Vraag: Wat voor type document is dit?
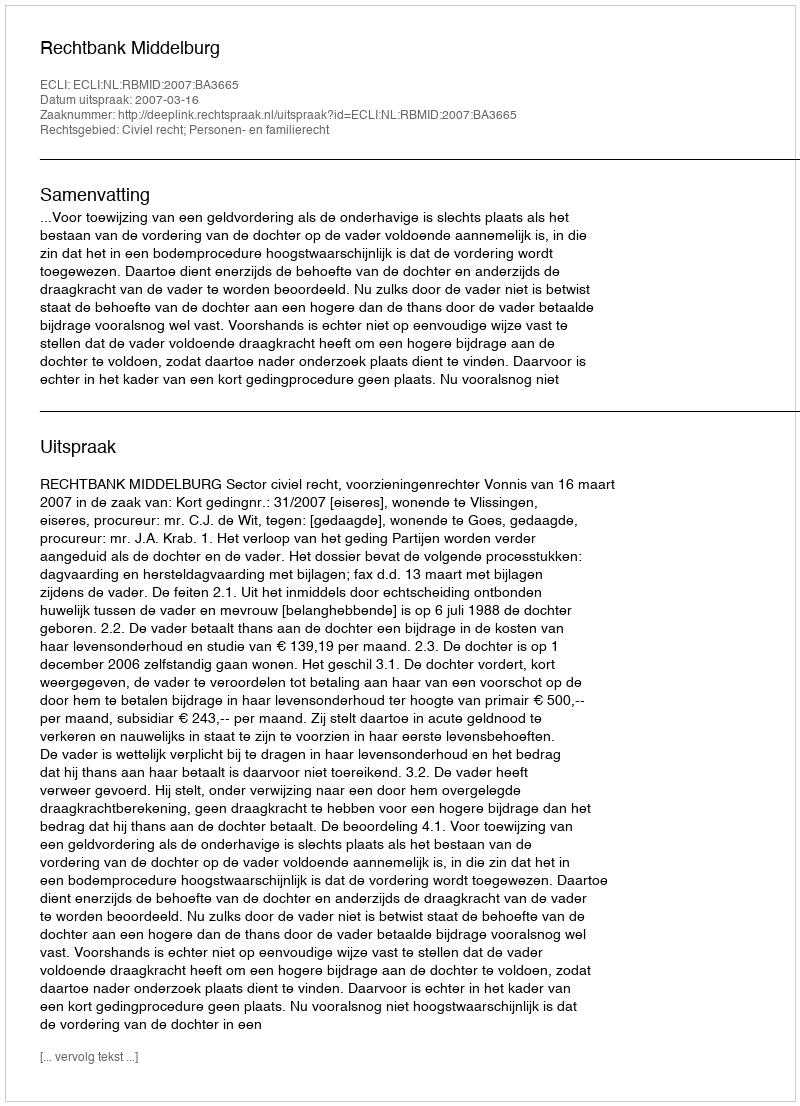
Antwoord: Uitspraak